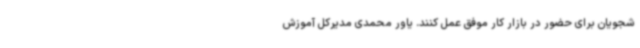
شجویان برای حضور در بازار کار موفق عمل کنند. یاور محمدی مدیرکل آموزش